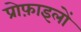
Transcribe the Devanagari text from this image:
प्रोफ़ाइलों